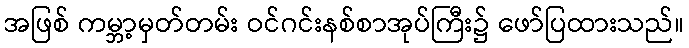
အဖြစ် ကမ္ဘာ့မှတ်တမ်း ဝင်ဂင်းနစ်စာအုပ်ကြီး၌ ဖော်ပြထားသည်။